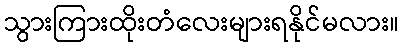
သွားကြားထိုးတံလေးများရနိုင်မလား။